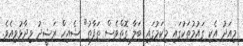
މިއަދު އެކި ގައުމުތަކުގައި މިކަމުގައި ބަލާ ގޮތްވެސް ތަފާތު" ޝެއިހް ރަޝީދު ވިދާޅުވިއެވެ.